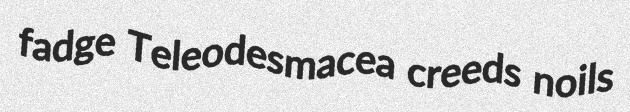
fadge Teleodesmacea creeds noils